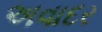
અવાદર